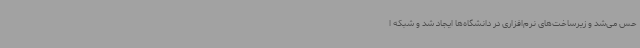
حس می‌شد و زیرساخت‌های نرم‌افزاری در دانشگاه‌ها ایجاد شد و شبکه ا